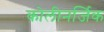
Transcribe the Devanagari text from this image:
कोलीनर्जिक